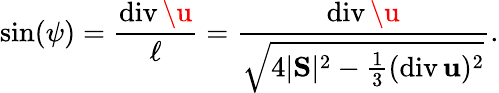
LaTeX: \sin(\psi)=\frac{\mathrm{div}\, \u}{\ell}=\frac{\mathrm{div}\, \u}{\sqrt{4|\mathrm{\mathbf S}|^{2}-\frac{1}{3}(\mathrm{div}\, {\mathbf u})^{2}}}.